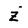
Character: z